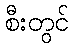
စီးတွင်